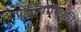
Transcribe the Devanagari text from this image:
प्रोटियोमिकी